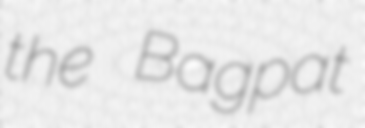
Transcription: the Bagpat